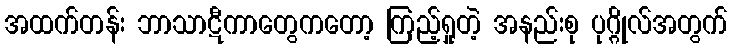
အထက်တန်း ဘာသာဋီကာတွေကတော့ ကြည့်ရှုတဲ့ အနည်းစု ပုဂ္ဂိုလ်အတွက်